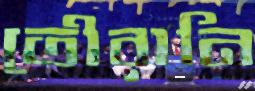
তৌরানি